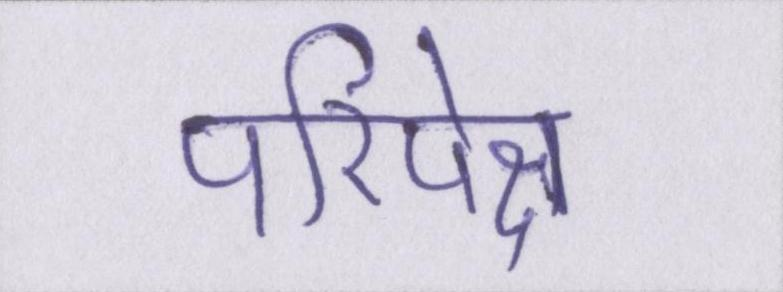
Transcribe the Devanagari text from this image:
परिपेक्ष